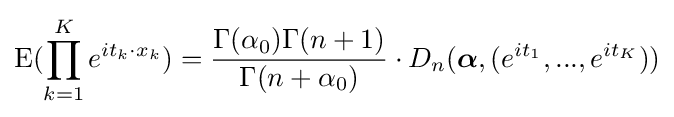
\operatorname {E} (\prod \limits _{k=1}^{K}{e}^{it_{k}\cdot x_{k}})={\frac {\Gamma (\alpha _{0})\Gamma (n+1)}{\Gamma (n+\alpha _{0})}}\cdot D_{n}({\boldsymbol {\alpha }},(e^{it_{1}},...,e^{it_{K}}))